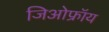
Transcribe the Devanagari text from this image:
जिओफ्रॉय